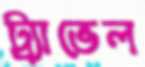
ট্র্যাভেল